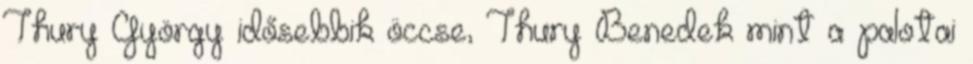
Thury György idősebbik öccse, Thury Benedek mint a palotai